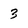
Character: 3